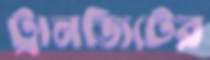
ট্রানজিটের